system: You are a helpful assistant.
user:
Analyze the provided spectrum to determine if it is a **S-type Star**.

- **Key Indicators for S-type Star:**

    - **(Overall Spectrum Shape):** The first and most obvious characteristic is the overall continuum (the "baseline" shape). It is **extremely "red-sloping,"** meaning the flux (light intensity) is very low on the left side (blue, ~4000-4500 Å) and rises steeply and continuously toward the right side (red, ~7000 Å+).

    - **(Primary):** The spectrum is defined by the presence of strong, broad molecular absorption "valleys" (bands) from **Zirconium Oxide (ZrO)**. The identification of these bands is the **primary requirement** for classifying a star as S-type.
        - **(Key Bandheads):** You must find distinct, deep "dips" where the light has been absorbed. The most critical band systems to locate are:
            - **~6474 Å** ($\gamma$-system): This is often the strongest and clearest ZrO feature, found in the red part of the spectrum.
            - **~5718 Å** & **~5551 Å** ($\beta$-system): A pair of prominent absorption features in the yellow-orange part of the spectrum.
            - **~4640 Å** ($\alpha$-system): A key absorption band system in the blue-green region of the spectrum.

    - **(Secondary Confirmation):** The classification is strengthened by finding additional absorption bands from other related heavy element oxides, which are expected to be present alongside ZrO.
        - **(Key Bandheads):**
            - **Yttrium Oxide (YO):** Look for absorption dips near **~4800 Å** and **~6100 Å**.
            - **Lanthanum Oxide (LaO):** Additional absorption features, particularly in the red-orange part of the spectrum, are also characteristic.

    - **(Line Profile):** The combination of the steep red continuum and these numerous, deep molecular bands (ZrO, YO, etc.) gives the entire spectrum a very **"chopped-up"** or **"bumpy"** appearance. Instead of a smooth curve, the spectrum looks as though large, wide chunks of light have been "carved out" of it at the specific wavelengths listed above.

Think first, call **spectral_visualization_tool** if needed to examine features in detail, then provide your final answer. Your response must adhere to the following strict rules:
1.  **Overall Structure:** Your response must follow the format `<think>...</think> <tool_call>...</tool_call> (if a tool is used) <answer>...</answer>`.
2.  **Tool Usage Constraint:** You may only make **one** tool call per turn.
3.  **Final Answer Format:** In the `<answer>` tag, your conclusion must be inside a `\boxed{}` command (e.g., `\boxed{YES}` or `\boxed{NO}`), followed by your justification.

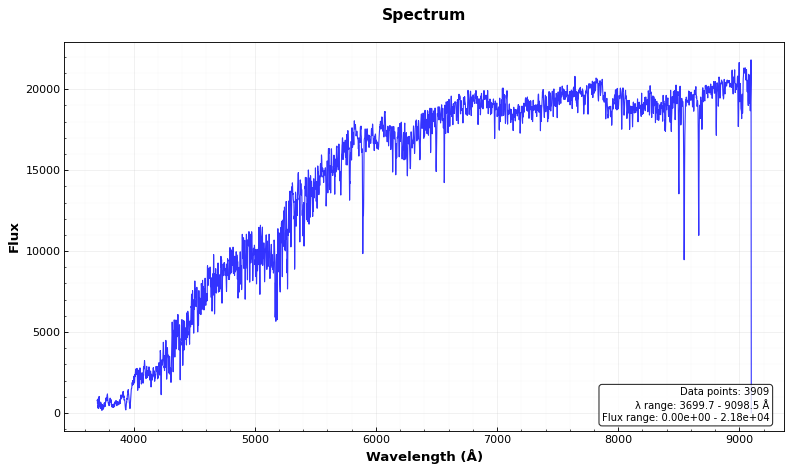
Answer: NO